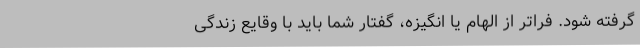
گرفته شود. فراتر از الهام یا انگیزه، گفتار شما باید با وقایع زندگی